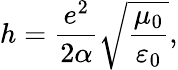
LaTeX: h=\frac{e^{2}}{2\alpha}\sqrt{\frac{\mu_{0}}{\varepsilon_{0}}},